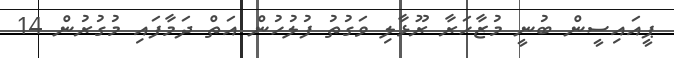
ޕީއައިސީން ބުނީ މުޒާހަރާ ރޫޅާލި ވަގުތު ފުލުހުން އަތް ދަމާފައި މުގުރުން 14